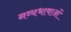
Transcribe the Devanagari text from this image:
नव्यभाषाओं